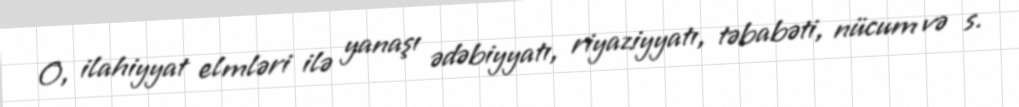
O, ilahiyyat elmləri ilə yanaşı ədəbiyyatı, riyaziyyatı, təbabəti, nücum və s.